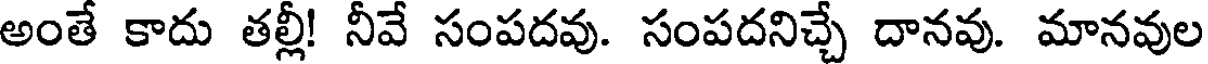
అంతే కాదు తల్లీ! నీవే సంపదవు. సంపదనిచ్చే దానవు. మానవుల